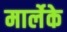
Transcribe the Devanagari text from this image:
मार्लेके